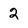
Character: 2